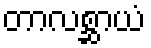
တာလစ္ဆာယံ